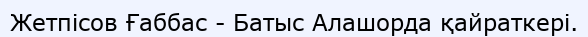
Жетпісов Ғаббас - Батыс Алашорда қайраткері.